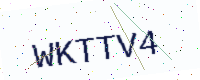
Text: WKTTV4